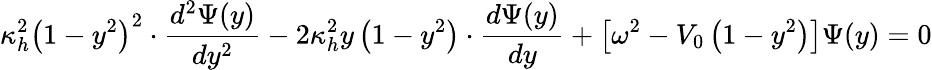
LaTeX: \kappa_{h}^{2}\left(1-y^{2}\right)^{2}\cdot\frac{d^{2}\Psi(y)}{dy^{2}}-2\kappa_{h}^{2}y\left(1-y^{2}\right)\cdot\frac{d\Psi(y)}{dy}+\left[\omega^{2}-V_{0}\left(1-y^{2}\right)\right]\Psi(y)=0